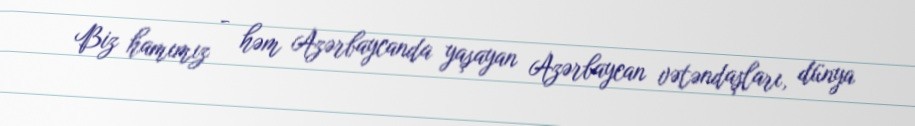
Biz hamımız - həm Azərbaycanda yaşayan Azərbaycan vətəndaşları, dünya